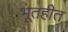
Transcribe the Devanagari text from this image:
भूतहीत